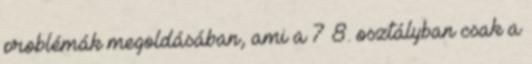
problémák megoldásában, ami a 7 8. osztályban csak a